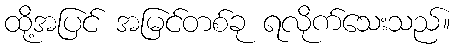
ထို့အပြင် အမြင်တစ်ခု ရလိုက်သေးသည်။